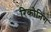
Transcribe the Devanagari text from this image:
रिकोनिंग